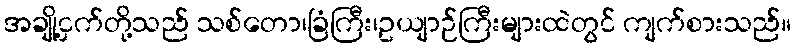
အချို့ငှက်တို့သည် သစ်တော၊ခြံကြီး၊ဥယျာဉ်ကြီးများထဲတွင် ကျက်စားသည်။